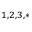
^ { 1 , 2 , 3 , * }